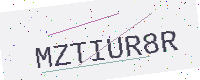
Text: MZTIUR8R